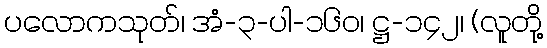
ပလောကသုတ်၊ အံ-၃-ပါ-၁၆၀၊ ဋ္ဌ-၁၄၂၊ (လူတို့